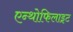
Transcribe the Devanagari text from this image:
एन्थोफिलाइट